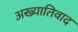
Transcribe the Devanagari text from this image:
अख्यातिवाद